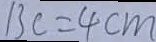
B C = 4 c m